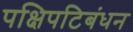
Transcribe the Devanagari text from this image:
पक्षिपटिबंधन